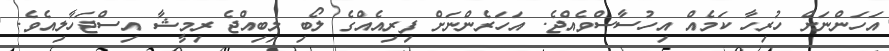
އަހަންނަށް ހުރިހާ ކަމެއް އިހުސާސްވެއްޖެ. އަހަރެންނަށް ފިރިއެއްގެ ލޯބި ލިބިއްޖެ ރިމީޝާ އިސްޖަހާލިއެވެ.